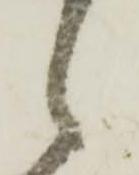
之